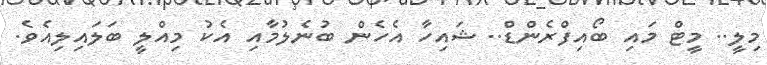
މިލީ.. މީޓް މައި ބޯއިފްރެންޑް.. ޝައިހާ އެހެން ބުނެލުމާއި އެކު މިއްލީ ބަލައިލިއެވެ.